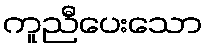
ကူညီပေးသော